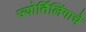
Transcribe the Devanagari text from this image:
ज्‍योर्तिलिंगाचे